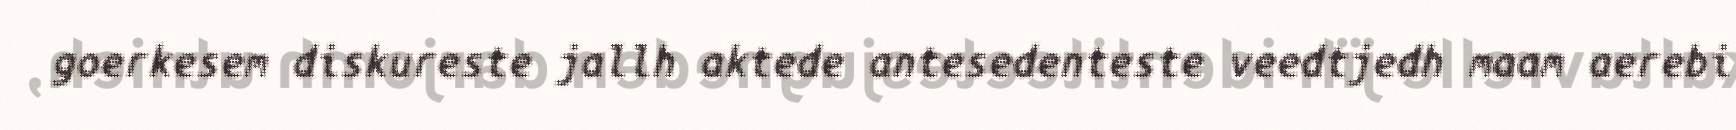
goerkesem diskureste jallh aktede antesedenteste veedtjedh maam aerebi